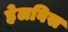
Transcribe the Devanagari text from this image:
हेलविस